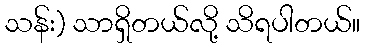
သန်း) သာရှိတယ်လို့ သိရပါတယ်။